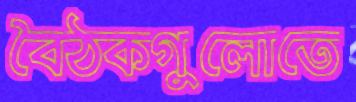
বৈঠকগুলোতে